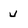
Character: U